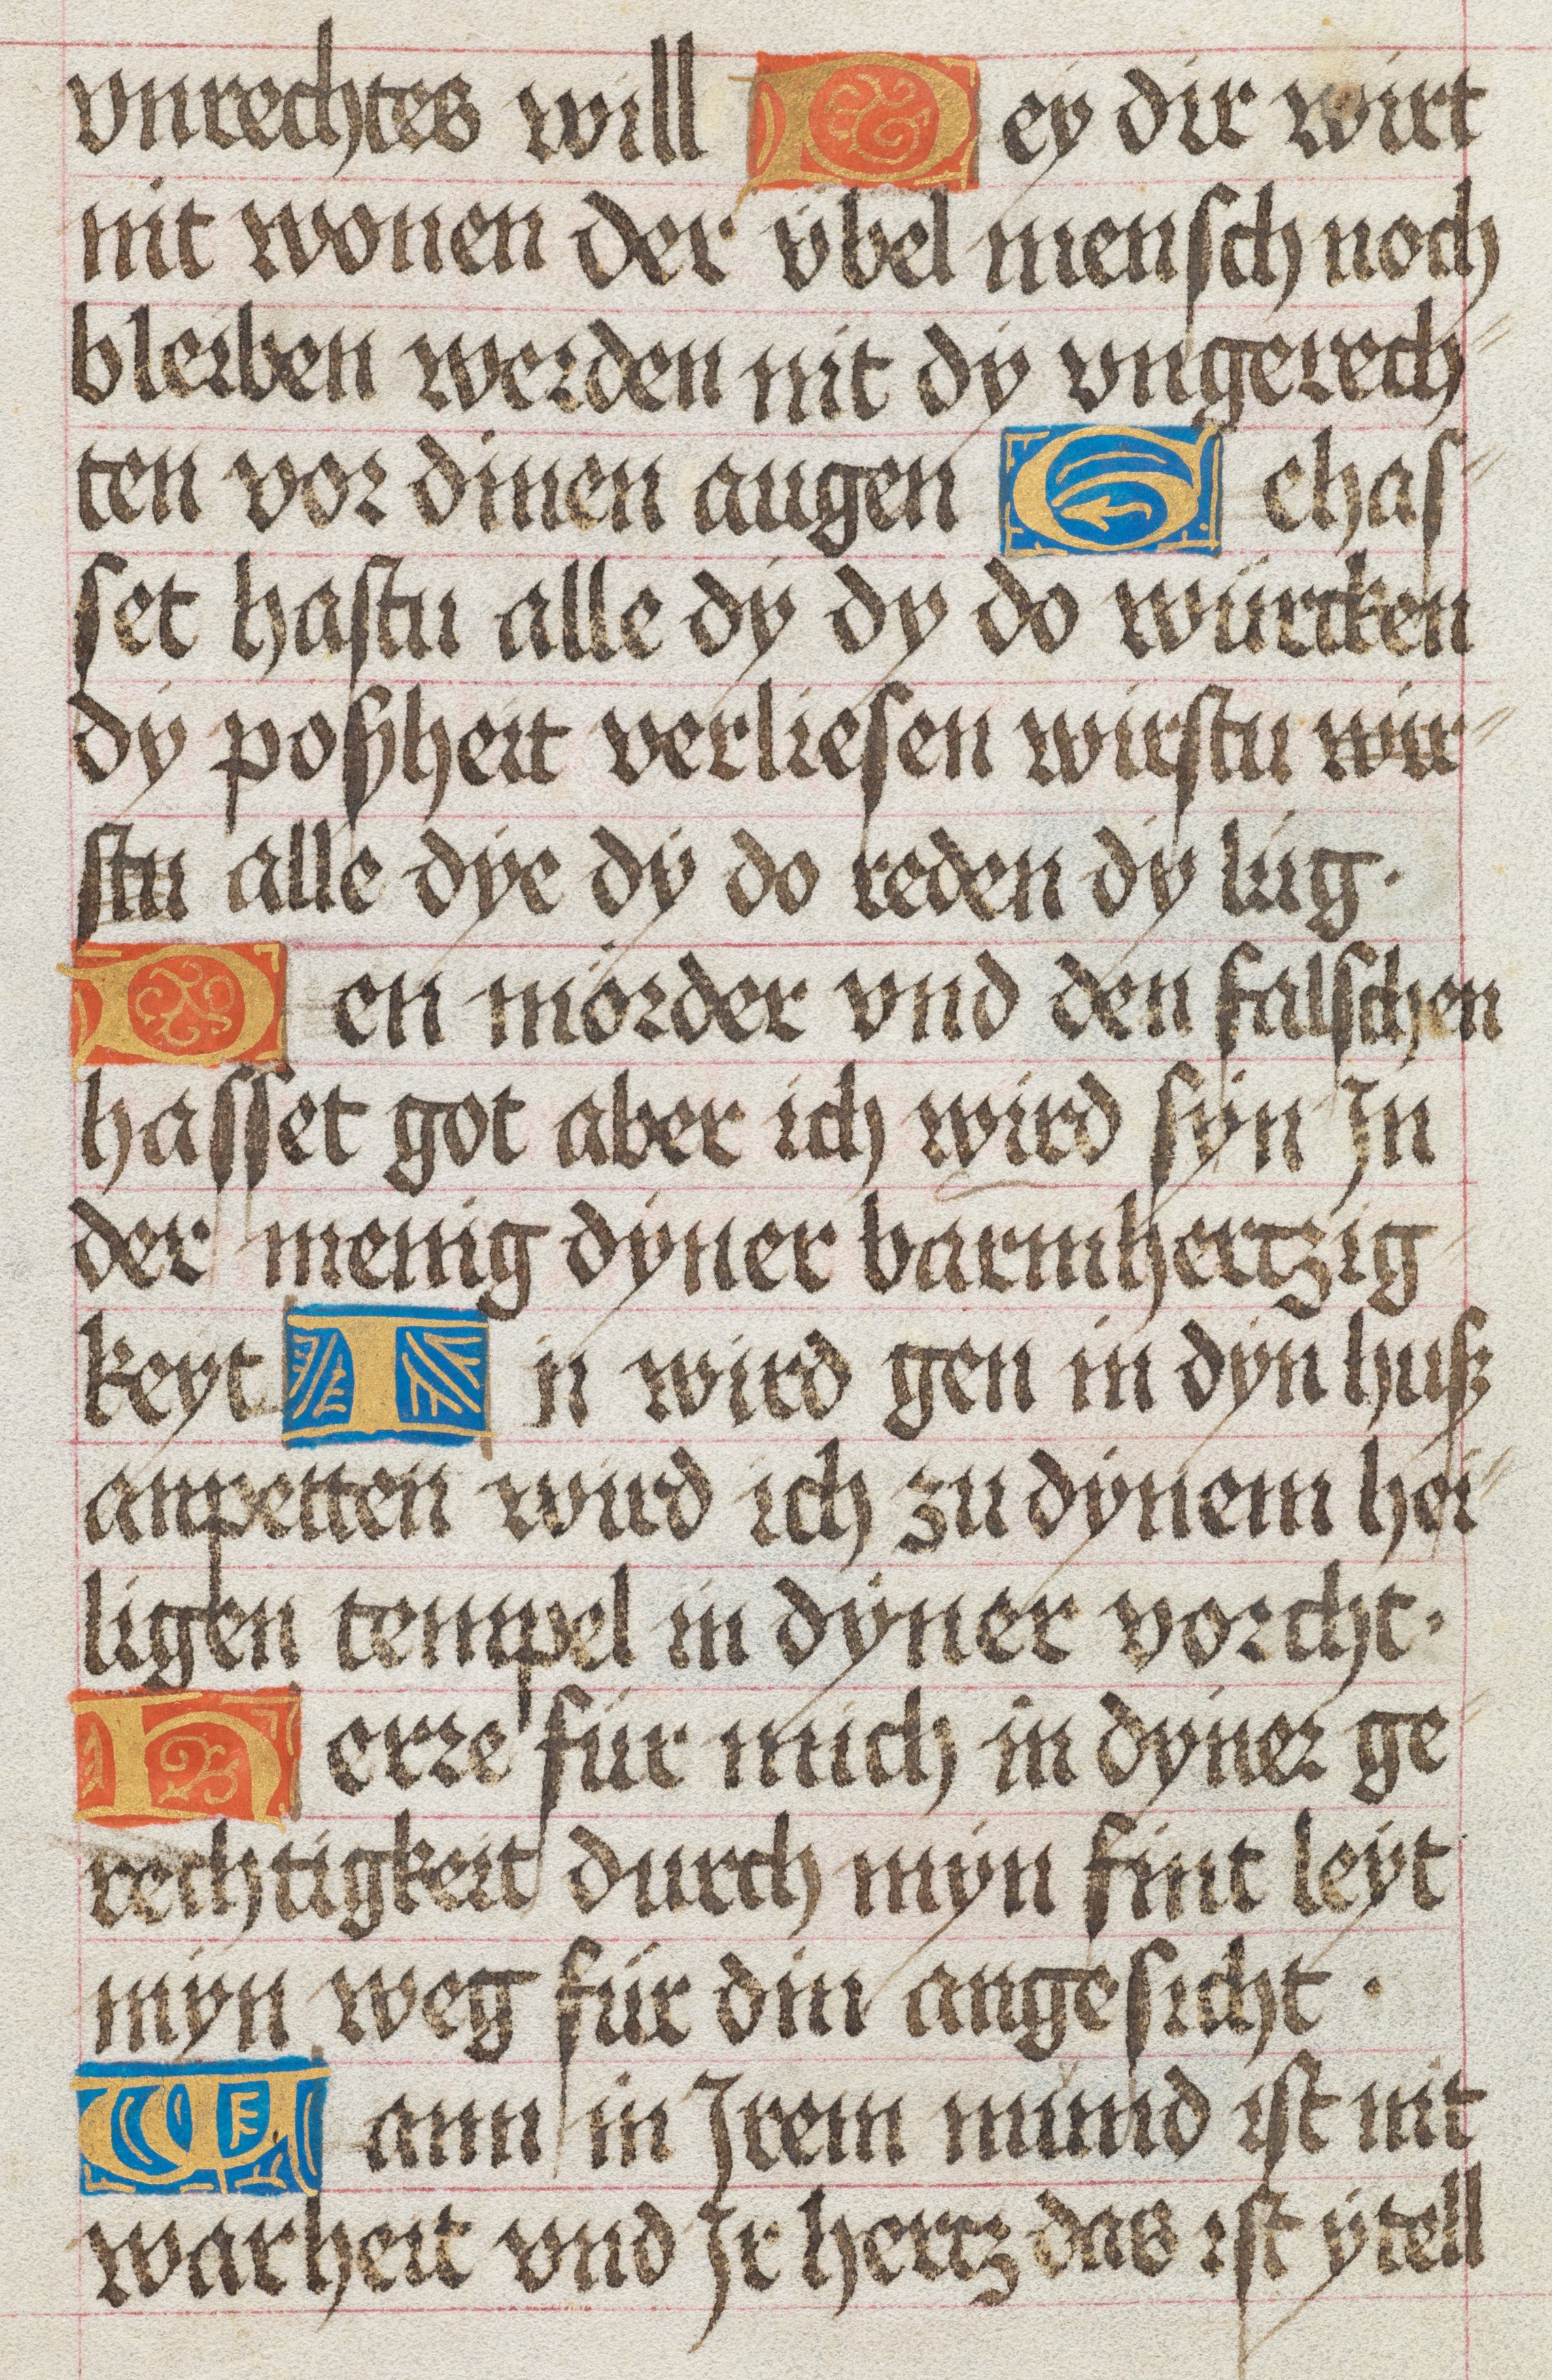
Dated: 1475–1499